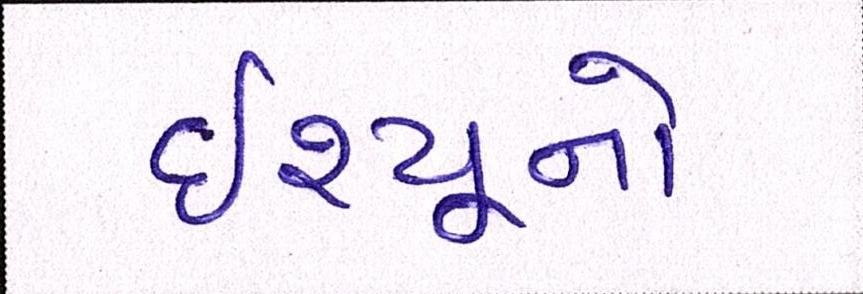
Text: ઇશ્યૂનો